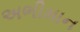
અભીમાન